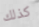
كذلك